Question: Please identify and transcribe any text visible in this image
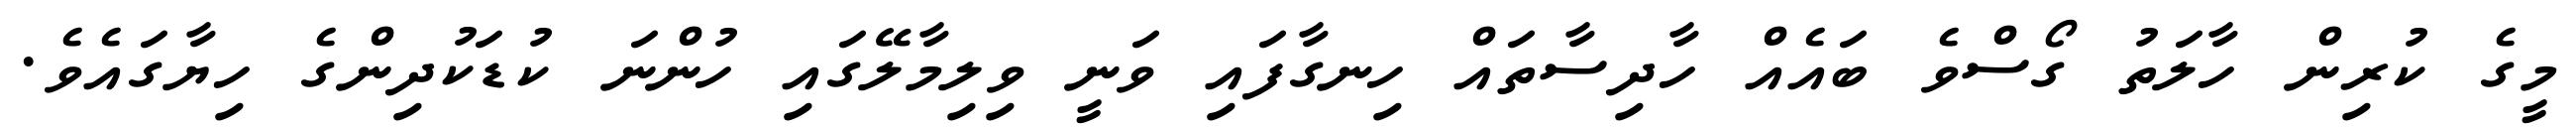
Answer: މީގެ ކުރިން ހާލަތު ގޯސްވެ ބައެއް ހާދިސާތައް ހިނގާފައި ވަނީ ވިލިމާލޭގައި ހުންނަ ކުޑަކުދިންގެ ހިޔާގައެވެ.